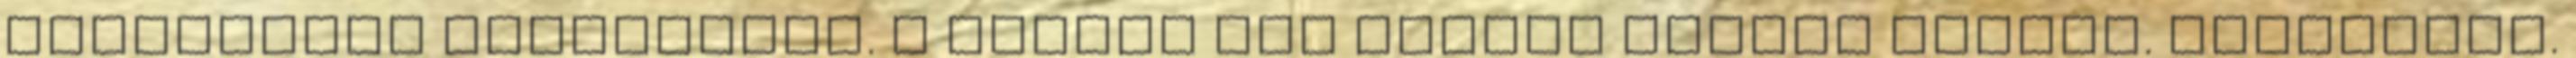
társadalmi hálózatban. A gombok egy kicsit lejebb vannak. Köszönjük.